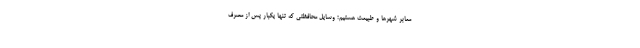
معابر شهرها و طبیعت هستیم؛ وسایل محافظتی که تنها یکبار پس از مصرف